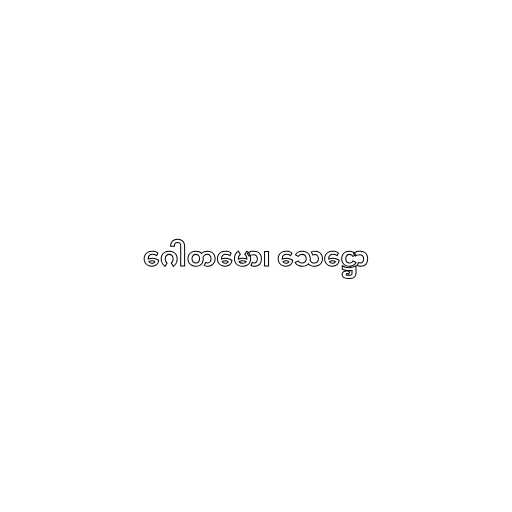
ဂေါတမော၊ သေဋ္ဌော